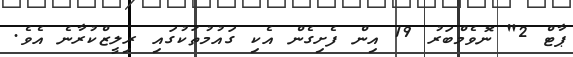
ޕާޓް 2" ނޮވެމްބަރު 19 އިން ފެށިގެން އެކި ގައުމުތަކުގައި ރިލީޒްކުރާނެ އެވެ.